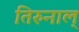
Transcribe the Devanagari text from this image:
तिरुनाल्